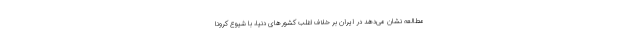
مطالعه نشان می‌دهد در ایران بر خلاف اغلب کشورهای دنیا، با شیوع کرونا